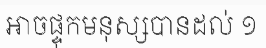
អាចផ្ទុកមនុស្សបានដល់ ១